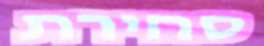
סחירת